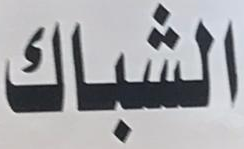
الشباك